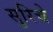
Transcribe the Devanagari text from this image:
सुरिचे